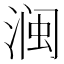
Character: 𱧜